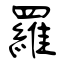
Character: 羅